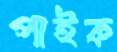
পাইক